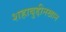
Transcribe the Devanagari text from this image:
शहाबुद्दीनखान